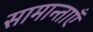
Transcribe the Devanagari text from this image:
सामान्ताएँ